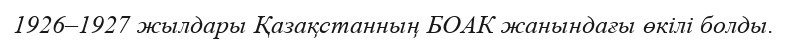
1926–1927 жылдары Қазақстанның БОАК жанындағы өкілі болды.